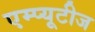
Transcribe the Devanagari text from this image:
एम्प्यूटीज